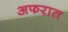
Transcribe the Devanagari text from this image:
अफरात